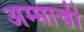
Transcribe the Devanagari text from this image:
अम्माची